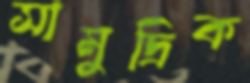
সামুদ্রিক